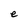
Character: e